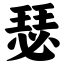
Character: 瑟